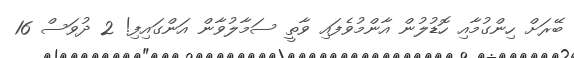
ބޭރަށް ހިންގުމާއި ހޮޑުލުން އާންމުވެފައި ވާތީ ސަމާލުވާން އަންގައިފި! 2 ދުވަސް 16